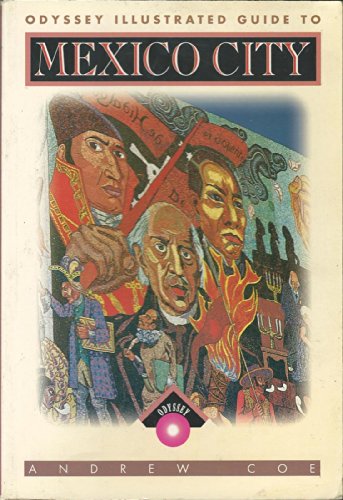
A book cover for Mexico City (Odyssey Guides); Andrew Coe; Travel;